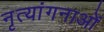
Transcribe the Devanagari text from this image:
नृत्‍यांगनाओं